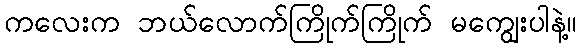
ကလေးက ဘယ်လောက်ကြိုက်ကြိုက် မကျွေးပါနဲ့။